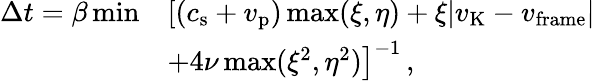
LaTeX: \begin{array}{rl}{\Delta t=\beta\operatorname*{min}}&{\left[\left(c_{\mathrm{s}}+v_{\mathrm{p}}\right)\operatorname*{max}(\xi,\eta)+\xi|v_{\mathrm{K}}-v_{\mathrm{frame}}|\right.}\\ &{\left.+4\nu\operatorname*{max}(\xi^{2},\eta^{2})\right]^{-1}\, ,}\end{array}